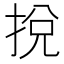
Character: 挩